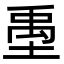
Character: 㙑